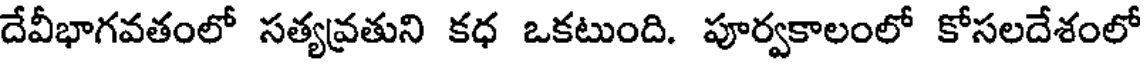
దేవీభాగవతంలో సత్యవ్రతుని కధ ఒకటుంది. పూర్వకాలంలో కోసలదేశంలో